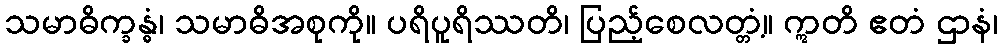
သမာဓိက္ခန္ဓံ၊ သမာဓိအစုကို။ ပရိပူရိဿတိ၊ ပြည့်စေလတ္တံ့။ ဣတိ ဧတံ ဌာနံ၊